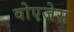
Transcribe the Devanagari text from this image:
वोएजेस